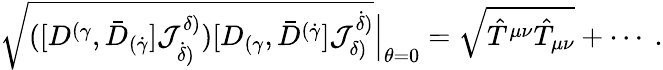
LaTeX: \begin{array}{r}{{\sqrt{([D^{(\gamma},\bar{D}_{(\dot{\gamma}}]{\mathcal J}^{\delta)}_{\dot{\delta})})[D_{(\gamma},\bar{D}^{(\dot{\gamma}}]{\mathcal J}_{\delta)}^{\dot{\delta})}}}\Big|_{\theta=0}=\sqrt{\hat{T}^{\mu\nu}\hat{T}_{\mu\nu}}+\cdots~.}\end{array}